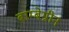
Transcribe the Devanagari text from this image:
बाम्बेग्रीन